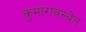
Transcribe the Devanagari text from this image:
कुमारावस्थेत